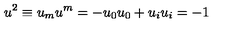
u ^ { 2 } \equiv u _ { m } u ^ { m } = - u _ { 0 } u _ { 0 } + u _ { i } u _ { i } = - 1